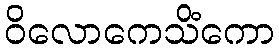
ဝိလောကေသိံကော